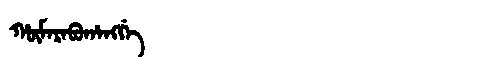
Manchu: ᡥᡡᠮᠠᡵᠠᠪᡠᡥᠠᠩᡤᡝ
Romanization: HŪMARABUHANGGE